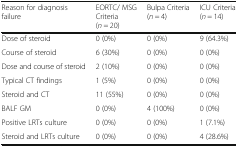
<table><thead><tr><td><b>Reason for diagnosis failure</b></td><td><b>EORTC/ MSG Criteria(<i>n</i> = 20)</b></td><td><b>Bulpa Criteria(<i>n</i> = 4)</b></td><td><b>ICU Criteria(<i>n</i> = 14)</b></td></tr></thead><tbody><tr><td>Dose of steroid</td><td>0 (0%)</td><td>0 (0%)</td><td>9 (64.3%)</td></tr><tr><td>Course of steroid</td><td>6 (30%)</td><td>0 (0%)</td><td>0 (0%)</td></tr><tr><td>Dose and course of steroid</td><td>2 (10%)</td><td>0 (0%)</td><td>0 (0%)</td></tr><tr><td>Typical CT findings</td><td>1 (5%)</td><td>0 (0%)</td><td>0 (0%)</td></tr><tr><td>Steroid and CT</td><td>11 (55%)</td><td>0 (0%)</td><td>0 (0%)</td></tr><tr><td>BALF GM</td><td>0 (0%)</td><td>4 (100%)</td><td>0 (0%)</td></tr><tr><td>Positive LRTs culture</td><td>0 (0%)</td><td>0 (0%)</td><td>1 (7.1%)</td></tr><tr><td>Steroid and LRTs culture</td><td>0 (0%)</td><td>0 (0%)</td><td>4 (28.6%)</td></tr></tbody></table>